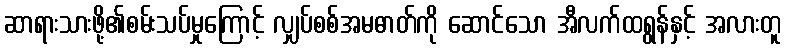
ဆာရားသားဖို့၏စမ်းသပ်မှုကြောင့် လျှပ်စစ်အမဓာတ်ကို ဆောင်သော အီလက်ထရွန်နှင့် အလားတူ